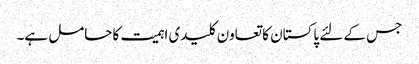
جس کے لئے پاکستان کا تعاون کلیدی اہمیت کا حامل ہے۔